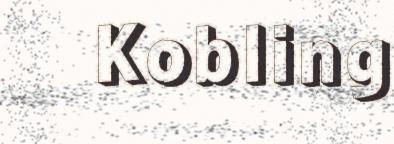
Kobling